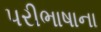
પરીભાષાના